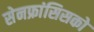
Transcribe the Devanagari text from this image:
सेनफ्रांसिसको